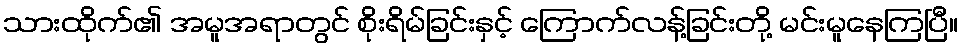
သားထိုက်၏ အမူအရာတွင် စိုးရိမ်ခြင်းနှင့် ကြောက်လန့်ခြင်းတို့ မင်းမူနေကြပြီ။